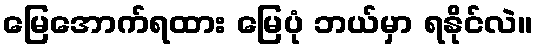
မြေအောက်ရထား မြေပုံ ဘယ်မှာ ရနိုင်လဲ။